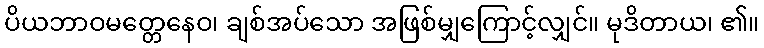
ပိယဘာဝမတ္တေနေဝ၊ ချစ်အပ်သော အဖြစ်မျှကြောင့်လျှင်။ မုဒိတာယ၊ ၏။